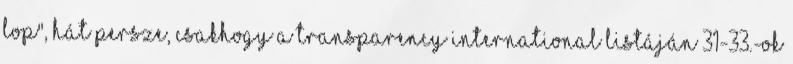
lop", hát persze, csakhogy a Transparency International listáján 31-33.-ok